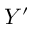
Y ^ { \prime }